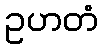
ဥဟတံ